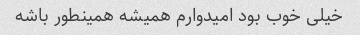
خیلی خوب بود امیدوارم همیشه همینطور باشه